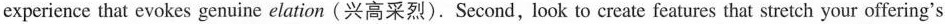
experience that evokes genuine elation (兴高采烈). Second, look to create features that stretch your offering's